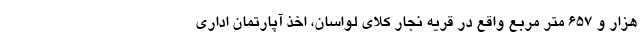
هزار و ۶۵۷ متر مربع واقع در قریه نجار کلای لواسان، اخذ آپارتمان اداری